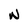
Character: N